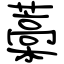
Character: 藁